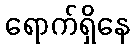
ရောက်ရှိနေ